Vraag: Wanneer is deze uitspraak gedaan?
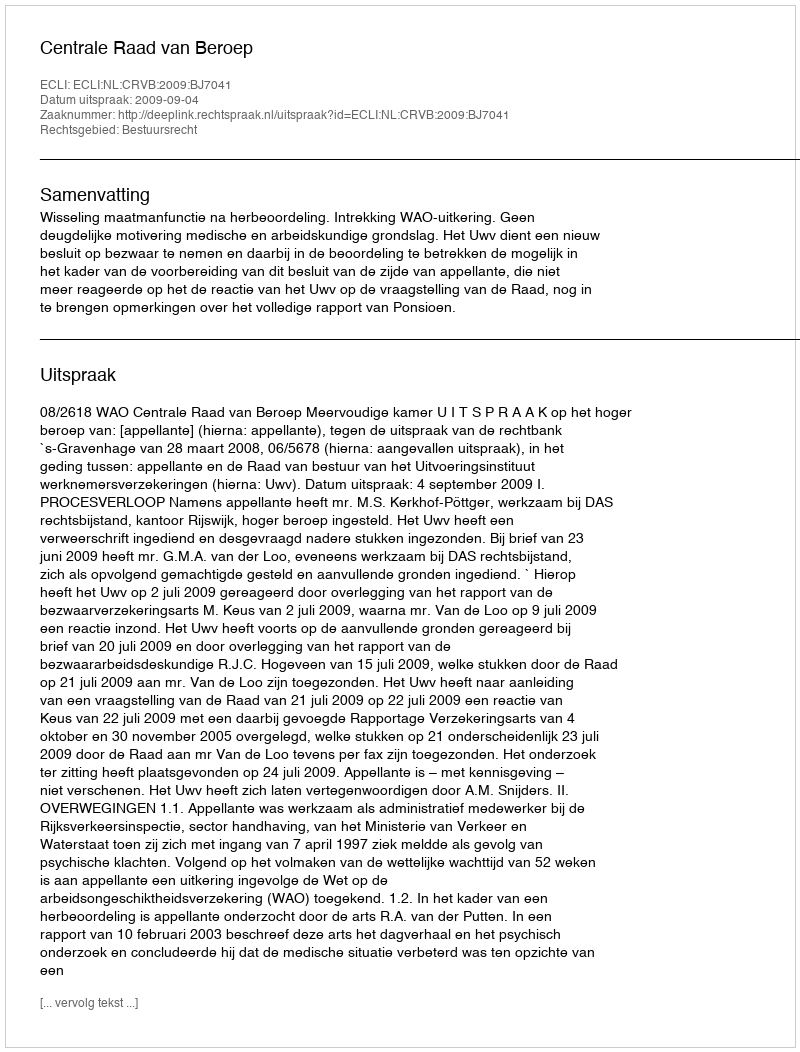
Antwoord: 2009-09-04